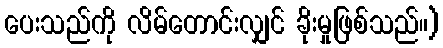
ပေးသည်ကို လိမ်တောင်းလျှင် ခိုးမှုဖြစ်သည်။)